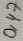
Text: 0,47